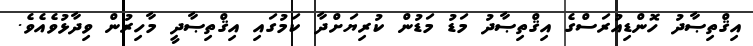
އިޤްތިޞާދު ހޮންޑިއުރަސްގެ އިޤްތިޞާދު މަޑު މަޑުން ކުރިޔަށްދާ ކަމުގައި އިޤްތިޞާދީ މާހިރުން ވިދާޅުވެއެވެ.